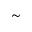
\sim